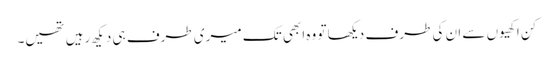
کن اکھیوں سے ان کی طرف دیکھا تو وہ ابھی تک میری طرف ہی دیکھ رہیں تھیں۔